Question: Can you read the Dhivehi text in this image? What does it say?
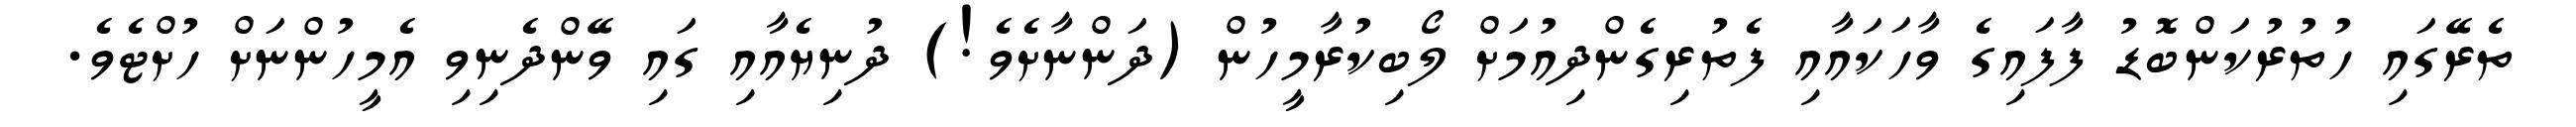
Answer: ތެރޭގައި ހުތުރުކަންބޮޑު ފާފައިގެ ވާހަކައާއި ފެތުރިގެންދިއުމަށް ލޯބިކުރާމީހުން (ދަންނާށެވެ!) ދުނިޔެއާއި ގައި ވޭންދެނިވި އެމީހުންނަށް ހުށްޓެވެ.